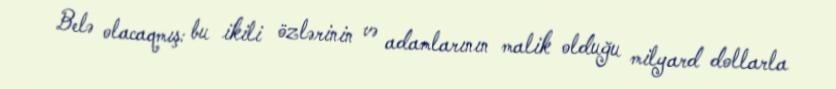
Belə olacaqmış: bu ikili özlərinin və adamlarının malik olduğu milyard dollarla